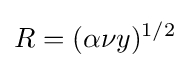
R=(\alpha \nu y)^{1/2}